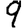
Digit: 9